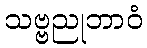
သဗ္ဗညုဘာဝံ